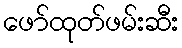
ဖော်ထုတ်ဖမ်းဆီး